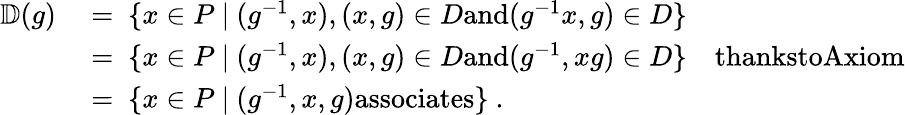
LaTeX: \begin{array}{rl}{\mathbb{D}(g)\ }&{=\ \{ x\in P\ \vert\ (g^{-1},x),(x,g)\in D\textup{and}(g^{-1}x,g)\in D\} }\\ &{=\ \{ x\in P\ \vert\ (g^{-1},x),(x,g)\in D\textup{and}(g^{-1},xg)\in D\} \quad\textup{thankstoAxiom}}\\ &{=\ \{ x\in P\ \vert\ (g^{-1},x,g)\textup{associates}\} \ .}\end{array}